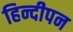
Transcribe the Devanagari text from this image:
हिन्दीपन